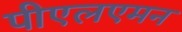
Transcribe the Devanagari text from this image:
पीएलएमन